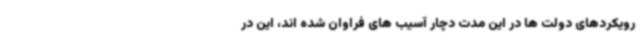
رویکردهای دولت ها در این مدت دچار آسیب های فراوان شده اند، این در